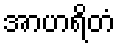
အာဟရိတံ